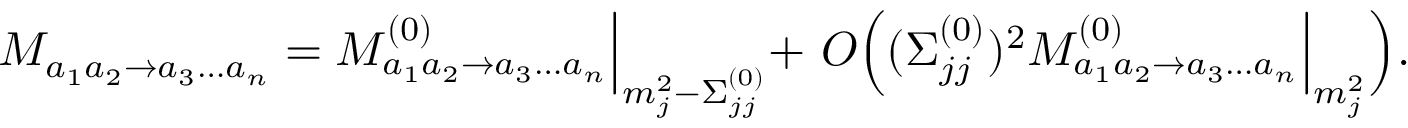
M _ { a _ { 1 } a _ { 2 } \to a _ { 3 } \dots a _ { n } } = M _ { a _ { 1 } a _ { 2 } \to a _ { 3 } \dots a _ { n } } ^ { ( 0 ) } \Bigl | _ { m _ { j } ^ { 2 } - \Sigma _ { j j } ^ { ( 0 ) } } + \ O \Bigl ( ( \Sigma _ { j j } ^ { ( 0 ) } ) ^ { 2 } M _ { a _ { 1 } a _ { 2 } \to a _ { 3 } \dots a _ { n } } ^ { ( 0 ) } \Bigl | _ { m _ { j } ^ { 2 } } \Bigr ) .